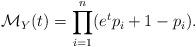
LaTeX: \begin{align*}\mathcal{M}_{Y}(t)=\prod_{i=1}^n(e^tp_i+1-p_i).\end{align*}